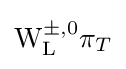
\mathrm {W} _{\mathrm {L} }^{\pm ,0}\mathrm {\pi } _{T}